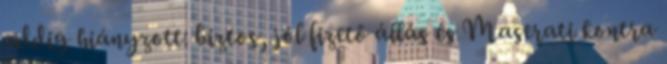
addig hiányzott: biztos, jól fizető állás és Maserati kontra